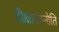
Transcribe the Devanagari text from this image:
दीक्षामाप्नोति